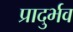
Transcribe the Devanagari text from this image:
प्रादुर्भव